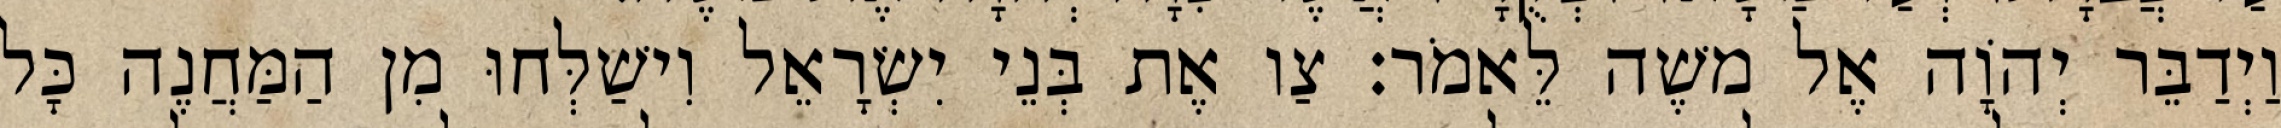
וַיְדַבֵּר יְהוָֹה אֶל משֶׁה לֵּאמֹר׃ צַו אֶת בְּנֵי יִשְׂרָאֵל וִישַׁלְּחוּ מִן הַמַּחֲנֶה כָּל